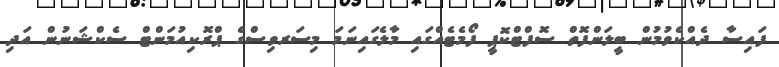
ފައިސާ ދެއްކެވުމުން ބީލަންފޮތް ސޮފްޓްކޮޕީ ފޯމެޓެއްގައި މާލެގައިނަމަ މިސަރވިސްގެ ޕްރޮކިއުމަންޓް ސެކްޝަނުން އަދި